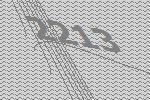
2213